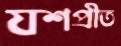
যশপ্রীত